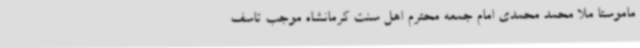
ماموستا ملا محمد محمدی امام جمعه محترم اهل سنت کرمانشاه موجب تاسف